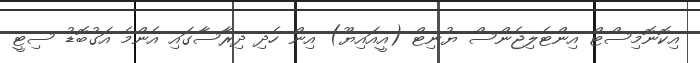
އިކޮނޮމިސްޓް އިންޓެލިޖެންސް ޔުނިޓް (އީއައިޔޫ) އިން ހެދި ދިރާސާގައި އެންމެ އަގުބޮޑު ސިޓީ